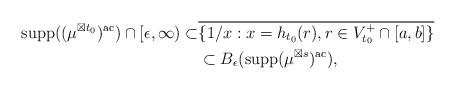
LaTeX: \begin{align*}\mathrm{supp}((\mu^{\boxtimes t_0})^{\mathrm{ac}})\cap [\epsilon, \infty)\subset&\overline{ \{1/x: x=h_{t_0}(r), r\in V_{t_0}^+\cap [a, b] \}}\\ &\subset B_\epsilon(\mathrm{supp}(\mu^{\boxtimes s})^{\mathrm{ac}}),\end{align*}